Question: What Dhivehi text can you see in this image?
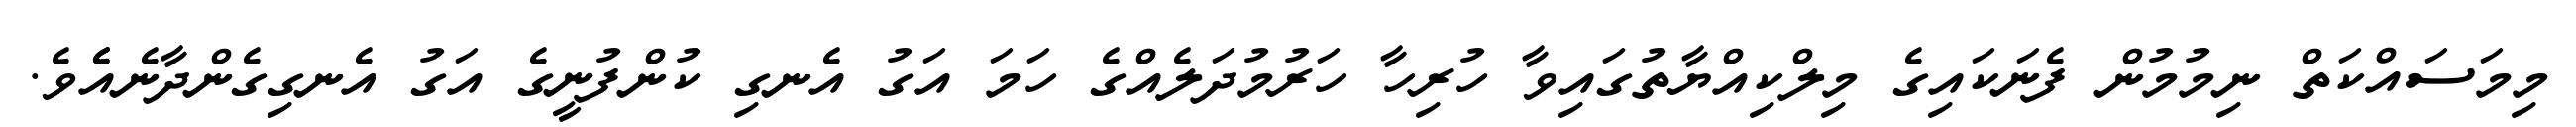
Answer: މިމަސައްކަތް ނިމުމުން ފެނަކައިގެ މިލްކިއްޔާތުގައިވާ ހުރިހާ ހަރުމުދަލެއްގެ ހަމަ އަގު އެނގި ކުންފުނީގެ އަގު އެނގިގެންދާނެއެެވެ.